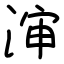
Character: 渖